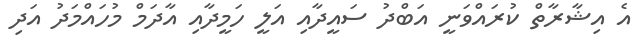
އެ އިޝާރާތް ކުރައްވަނީ އަބްދު ސައީދާއި އަލީ ހަމީދާއި އާދަމް މުހައްމަދު އަދި